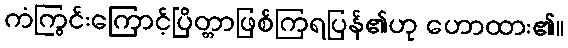
ကံကြွင်းကြောင့်ပြိတ္တာဖြစ်ကြရပြန်၏ဟု ဟောထား၏။